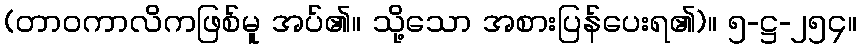
(တာဝကာလိကဖြစ်မူ အပ်၏။ သို့သော အစားပြန်ပေးရ၏)။ ၅-ဋ္ဌ-၂၅၄။